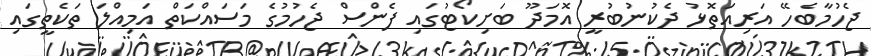
ޖެހުމާބެހޭ އަރިއަތޮޅު ދެކުނުބުރީ އޮމަދޫ ބަށިކޯޓުގައި ފެންސް ޖެހުމުގެ މަސައްކަތް އަމިއްލަ ތަކެތީގައި